Insane asylums in Bengal annual reports 1867-1875 - 1867-1875
Year: 1867
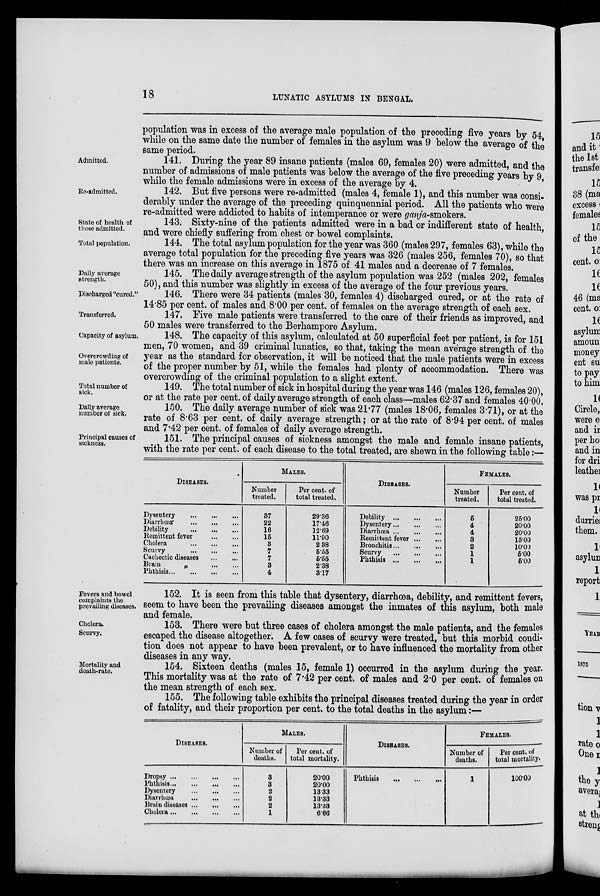
18
LUNATIC ASYLUMS IN BENGAL.
population was in excess of the average male population of the preceding five years by 54,
while on the same date the number of females in the asylum was 9 below the average of the
same period.
Admitted.
141. During the year 89 insane patients (males 69, females 20) were admitted, and the
number of admissions of male patients was below the average of the five preceding years by 9,
while the female admissions were in excess of the average by 4.
Re-admitted.
142. But five persons were re-admitted (males 4, female 1), and this number was consi-
derably under the average of the preceding quinquennial period. All the patients who were
re-admitted were addicted to habits of intemperance or were ganja-smokers.
State of health of
those admitted.
143. Sixty-nine of the patients admitted were in a bad or indifferent state of health,
and were chiefly suffering from chest or bowel complaints.
Total population.
144. The total asylum population for the year was 360 (males 297, females 63), while the
average total population for the preceding five years was 326 (males 256, females 70), so that
there was an increase on this average in 1875 of 41 males and a decrease of 7 females.
Daily average
strength.
145. The daily average strength of the asylum population was 252 (males 202, females
50), and this number was slightly in excess of the average of the four previous years.
Discharged "cured."
146. There were 34 patients (males 30, females 4) discharged cured, or at the rate of
14.85 per cent. of males and 8.00 per cent. of females on the average strength of each sex.
Transferred.
147. Five male patients were transferred to the care of their friends as improved, and
50 males were transferred to the Berhampore Asylum.
Capacity of asylum.
Overcrowding of
male patients.
148. The capacity of this asylum, calculated at 50 superficial feet per patient, is for 151
men, 70 women, and 39 criminal lunatics, so that, taking the mean average strength of the
year as the standard for observation, it will be noticed that the male patients were in excess
of the proper number by 51, while the females had plenty of accommodation. There was
overcrowding of the criminal population to a slight extent.
Total number of
sick.
149. The total number of sick in hospital during the year was 146 (males 126, females 20),
or at the rate per cent. of daily average strength of each class—males 62.37 and females 40.00.
Daily average
number of sick.
150. The daily average number of sick was 21.77 (males 18.06, females 3.71), or at the
rate of 8.63 per cent. of daily average strength; or at the rate of 8.94 per cent. of males
and 7.42 per cent. of females of daily average strength.
Principal causes of
sickness.
151. The principal causes of sickness amongst the male and female insane patients,
with the rate per cent. of each disease to the total treated, are shewn in the following table:—
DISEASES.
Dysentery ... ... ...
Diarrhœa
...
...
...
Debility
...
...
...
Remittent fever
...
...
Cholera ... ... ...
Seurvy ... ... ...
Cachectic diseases
...
...
Brain
„
...
...
Phthisis
...
...
...
...
MALES.
Number
treated.
37
22
16
15
3
7
7
3
4
Per cent. of
total treated.
29.36
17.46
12.69
11.90
2.38
5.55
5.55
2.38
3.17
DISEASES.
Debility
...
...
...
Dysentery
...
...
...
Diarrhœa
...
...
...
Remittent fever
...
...
Bronchitis
...
...
...
Scurvy ... ... ...
Phthisis
...
...
...
FEMALES.
Number
treated.
5
4
4
3
2
1
1
Per cent. of
total treated.
25.00
20.00
20.00
15.00
10.00
5.00
5.00
Fevers and bowel
complaints the
prevailing diseases.
152. It is seen from this table that dysentery, diarrhœa, debility, and remittent fevers,
seem to have been the prevailing diseases amongst the inmates of this asylum, both male
and female.
Cholera.
Scurvy.
153. There were but three cases of cholera amongst the male patients, and the females
escaped the disease altogether. A few cases of scurvy were treated, but this morbid condi-
tion does not appear to have been prevalent, or to have influenced the mortality from other
diseases in any way.
Mortality and
death-rate.
154. Sixteen deaths (males 15, female 1) occurred in the asylum during the year.
This mortality was at the rate of 7.42 per cent. of males and 2.0 per cent. of females on
the mean strength of each sex.
155. The following table exhibits the principal diseases treated during the year in order
of fatality, and their proportion per cent. to the total deaths in the asylum:—
DISEASES.
Dropsy
...
...
...
...
Phthisis
...
...
...
...
Dysentery
...
...
...
Diarrhœa
...
...
...
Brain diseases
...
...
...
Cholera
...
...
...
...
MALES.
Number of
deaths.
3
3
2
2
2
1
Per cent. of
total mortality.
20.00
20.00
13.33
13.33
13.33
6.66
DISEASES.
Phthisis
...
...
...
FEMALES.
Number of
deaths.
1
Per cent. of
total mortality.
100.00